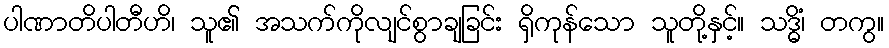
ပါဏာတိပါတီဟိ၊ သူ၏ အသက်ကိုလျင်စွာချခြင်း ရှိကုန်သော သူတို့နှင့်။ သဒ္ဓိံ၊ တကွ။